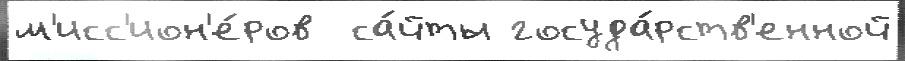
м'исс'ион'е́ров  са́йты госуда́рств'енной